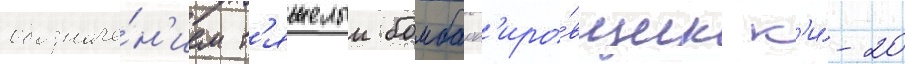
обозначе́н'ием т'яжелыи бомбард'иро́вщик к'и́-20